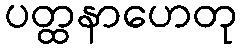
ပတ္ထနာဟေတု